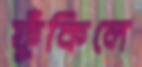
ফুঁকিলে